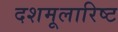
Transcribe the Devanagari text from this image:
दशमूलारिष्ट